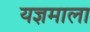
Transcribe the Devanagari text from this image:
यज्ञमाला